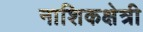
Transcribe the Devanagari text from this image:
नाशिकक्षेत्री